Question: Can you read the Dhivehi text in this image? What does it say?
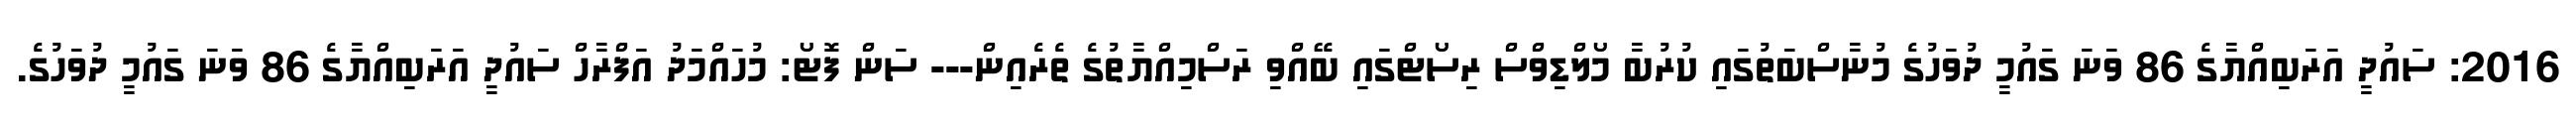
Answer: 2016: ސައުދީ އަރަބިއްޔާގެ 86 ވަނަ ގައުމީ ދުވަހުގެ މުނާސްބަތުގައި ކުރުބާ މޯލްޑިވްސް ރިސޯޓްގައި ބޭއްވި ރަސްމިއްޔާތުގެ ތެރެއިން--- ސަން ފޮޓޯ: މުހައްމަދު އަފްރާހް ސައުދީ އަރަބިއްޔާގެ 86 ވަނަ ގައުމީ ދުވަހުގެ.